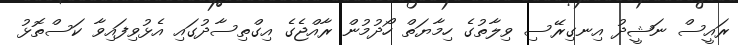
ރައީސް ނަޝީދު އިނގިރޭސި ވިލާތުގެ ހިމާޔަތް ހޯދުމުން ރާއްޖެގެ އިގްތިސާދުގައި އެޅުވިފައިވާ ކަސްތޮޅު